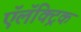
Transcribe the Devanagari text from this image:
ऍलॅक्ट्रिक